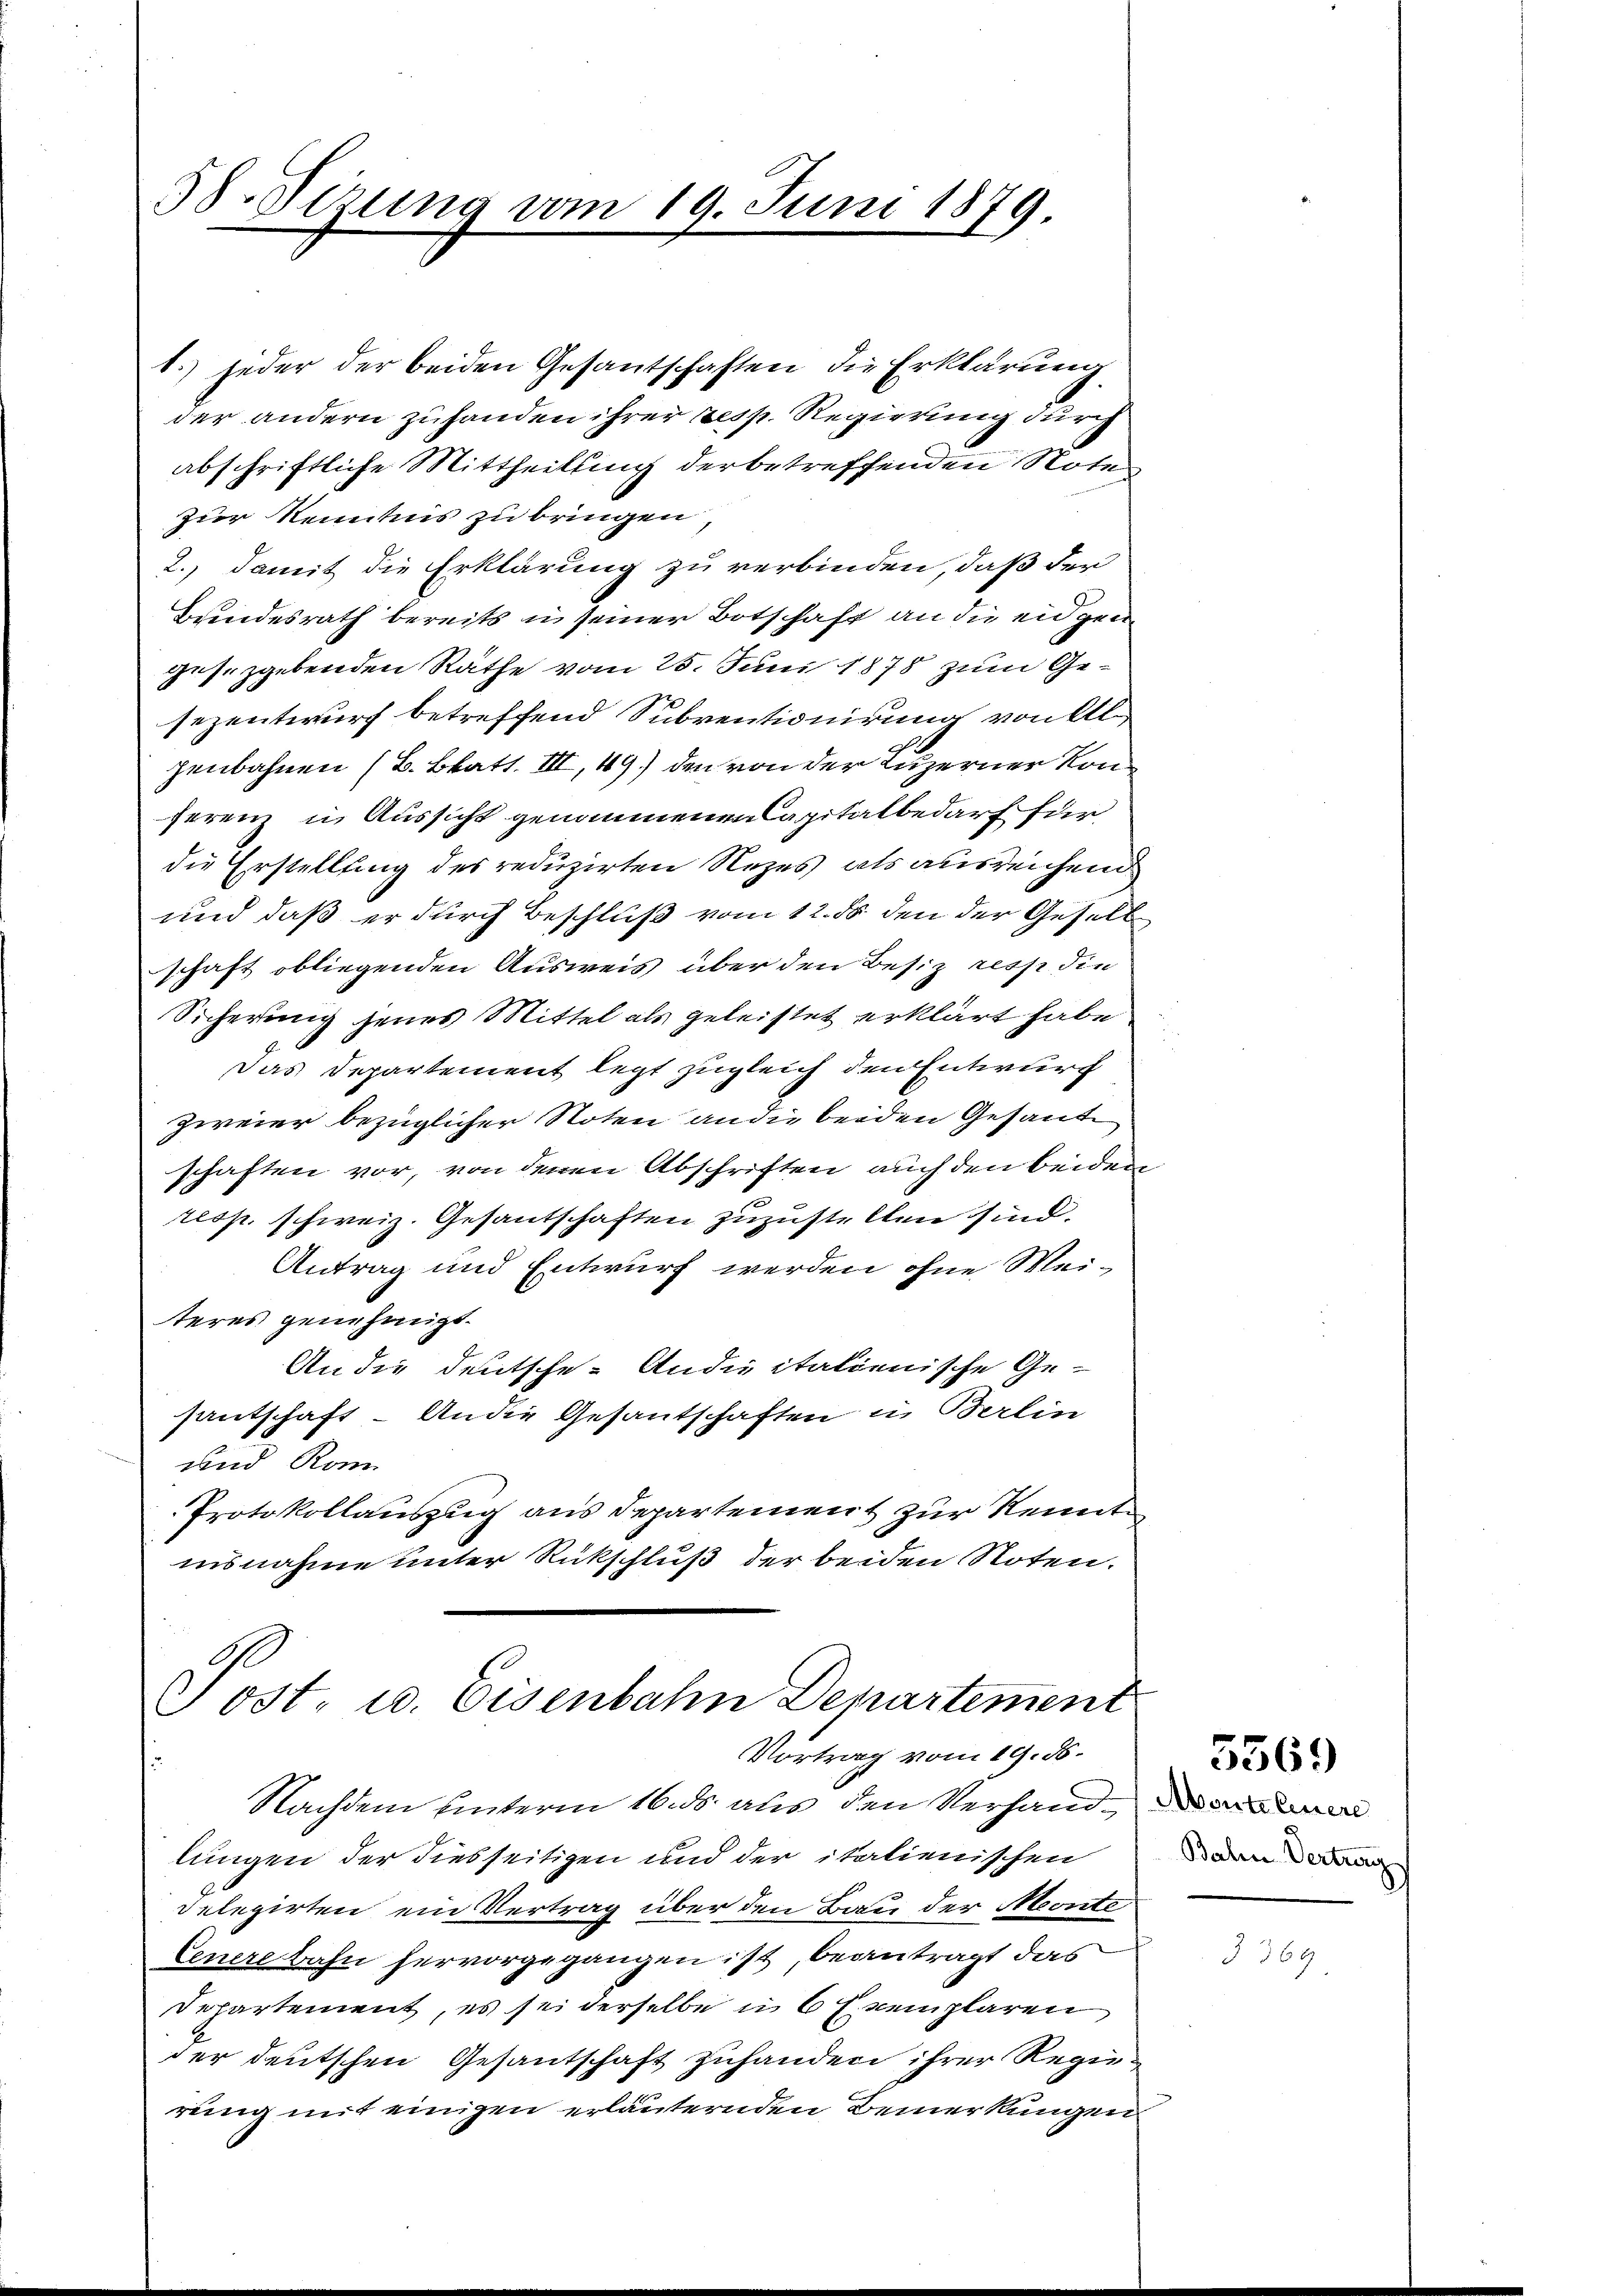
58. Sizung vom 19. Juni 1879

.) jeder der beiden Gesantschaften die Erklärung
der andern zuhanden ihrer resp. Regierung durch
abschriftliche Mittheilung der betreffenden Note
zur Kenntnis zu bringen
2., damit die Erklärung zu verbinden, daß der
Bundesrath bereits in seiner Botschaft an die eidgen
ges. gebenden Räthe vom 25. Juni 1878 zum Gesezentwurf betreffend Subventionirung von Ell
zenbahnen (B. Blatt. III, 49) den von der Luzerner Konferenz in Aussicht genommenen Capitalbedarf für
die Erstellung des reduzirten Rezes als ausreichend
und daß er durch Beschluß vom 12. ds den der Gesell
schaft obliegenden Ausweis über den Besiz resp die
Sicherung jenes Mittel als geleistet erklärt habe
Das Departement legt zugleich den Entwurf
Zweier bezüglicher Noten an die beiden Gesand
schaften vor, von denen Abschriften auch den beiden
resp. schweiz. Gesantschaften zuzustellen sind.
Antrag und Entwurf werden ohne Weiteres genehmigt.
An die deutsche Ander italienische Ge-
santschaft - An die Gesantschaften in Berlin
und Rom
Protokollauszug aus Departement zur Kenntinsnahme unter Rückschluß der beiden Noten.

Post u. Eisenbahn Departement
Vortrag vom 19. d.

Nachdem unterm 16. ds. aus den Verhandlungen der diesseitigen und der italienischen
delegirten ein Vertrag über den Bau der Monte
Venere bahn hervorgegangen ist, beantragt das
Departement, es sei derselbe in 6 Exemplaren
der deutschen Gesantschaft zuhanden ihrer Regierung mit einigen erläuternden Bemerkungen

Bahn Vertrag

5569)

569